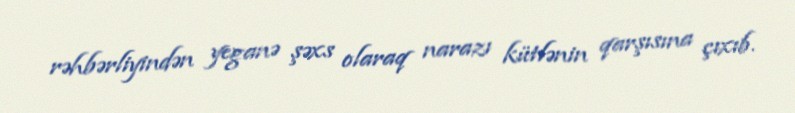
rəhbərliyindən yeganə şəxs olaraq narazı kütlənin qarşısına çıxıb.